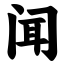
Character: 闻